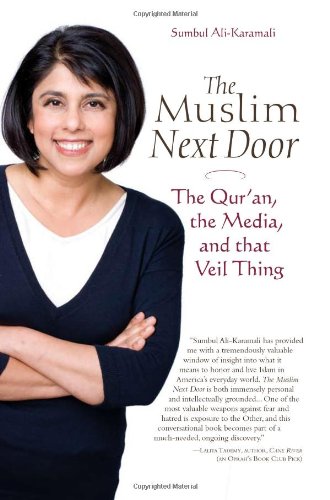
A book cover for The Muslim Next Door: The Qur'an, the Media, and That Veil Thing; Sumbul Ali-Karamali; Religion & Spirituality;